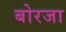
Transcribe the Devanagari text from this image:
बोरजा